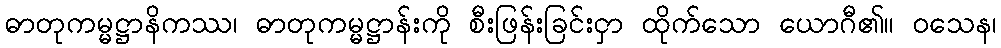
ဓာတုကမ္မဋ္ဌာနိကဿ၊ ဓာတုကမ္မဋ္ဌာန်းကို စီးဖြန်းခြင်းငှာ ထိုက်သော ယောဂီ၏။ ဝသေန၊